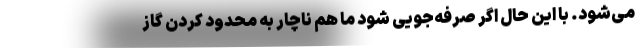
می‌شود. با این حال اگر صرفه‌جویی شود ما هم ناچار به محدود کردن گاز